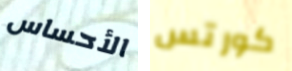
الأحساس كورتس